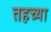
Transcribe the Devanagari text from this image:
तहच्या